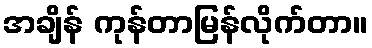
အချိန် ကုန်တာမြန်လိုက်တာ။